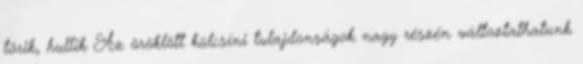
törik, hullik Az öröklött külcsíni tulajdonságok nagy részén változtathatunk